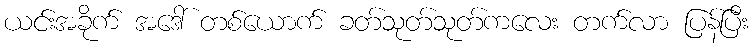
ယင်းအခိုက် အဒေါ် တစ်ယောက် ခတ်သုတ်သုတ်ကလေး တက်လာ ပြန်ပြီး